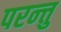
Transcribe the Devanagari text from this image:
परन्त्तु